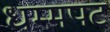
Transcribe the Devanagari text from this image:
धम्मपट